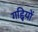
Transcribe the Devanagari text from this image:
गद्दि्यों